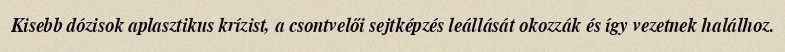
Kisebb dózisok aplasztikus krízist, a csontvelői sejtképzés leállását okozzák és így vezetnek halálhoz.